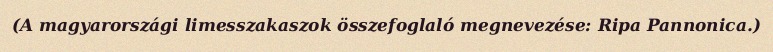
(A magyarországi limesszakaszok összefoglaló megnevezése: Ripa Pannonica.)